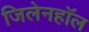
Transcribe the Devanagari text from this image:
जिलेनहॉल